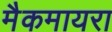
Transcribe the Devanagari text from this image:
मैकमायरा